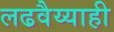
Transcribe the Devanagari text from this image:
लढवैय्याही